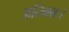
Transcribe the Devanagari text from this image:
अतिवक्र।